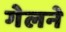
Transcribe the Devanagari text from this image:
गेलने